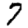
Digit: 7